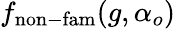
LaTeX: f_{\mathrm{non-fam}}(g,\alpha_{o})